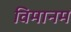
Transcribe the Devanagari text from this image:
विमानम